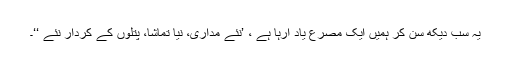
یہ سب دیکھ سُن کر ہمیں ایک مصرع یاد آرہا ہے ، ’نئے مداری، نیا تماشا، پُتلوں کے کردار نئے ‘‘۔